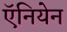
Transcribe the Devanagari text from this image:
ऍनियेन